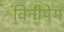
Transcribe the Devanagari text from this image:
विनीपेग